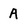
Character: A